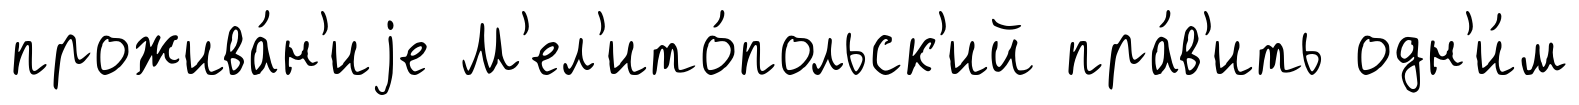
прожива́н'иjе М'ел'ито́польск'ий пра́в'ить одн'и́м